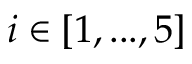
i \in [ 1 , . . . , 5 ]